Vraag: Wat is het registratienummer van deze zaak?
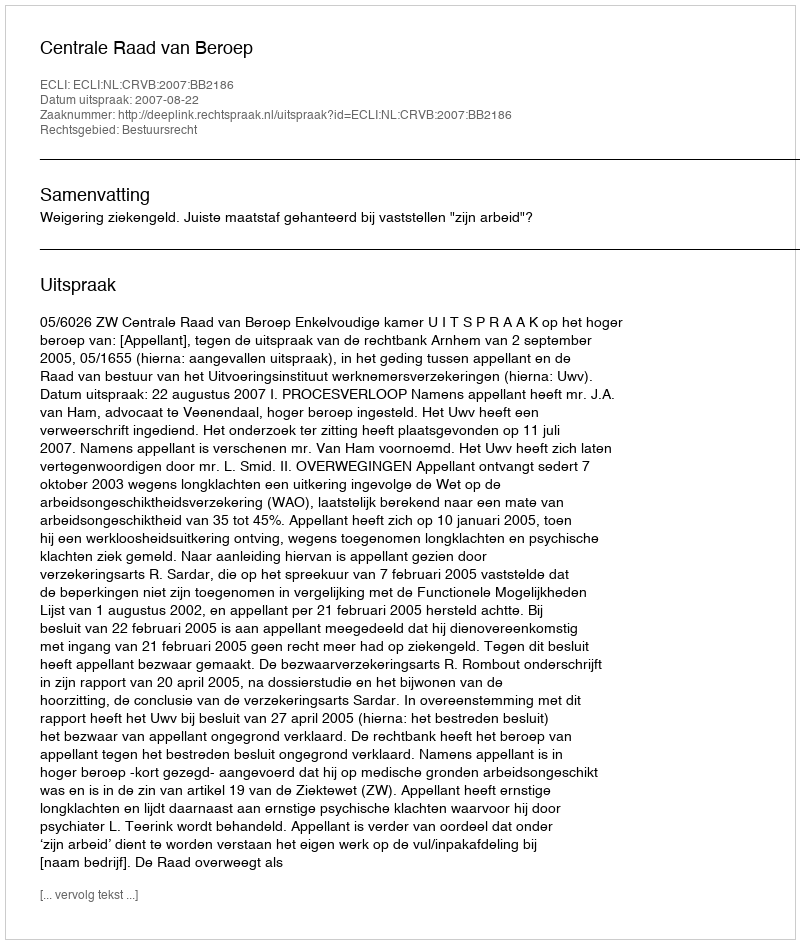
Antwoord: http://deeplink.rechtspraak.nl/uitspraak?id=ECLI:NL:CRVB:2007:BB2186